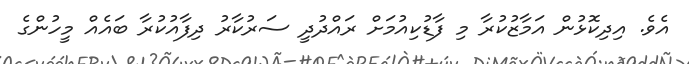
އެވެ. އިދިކޮޅުން އަމާޒުކުރާ މި ފާޑުކިއުމަށް ރައްދުދީ ސަރުކާރު ދިފާއުކުރާ ބައެއް މީހުންގެ